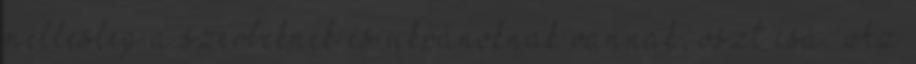
mellesleg a szerbeknek és ukránoknak vannak, oszt csá. Az